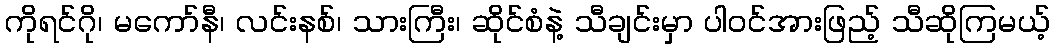
ကိုရင်ဂို၊ မကော်နီ၊ လင်းနစ်၊ သားကြီး၊ ဆိုင်စံနဲ့ သီချင်းမှာ ပါဝင်အားဖြည့် သီဆိုကြမယ့်